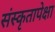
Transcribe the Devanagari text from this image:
संस्कृतापेक्षा